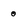
Character: 0